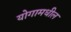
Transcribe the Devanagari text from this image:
योगामधील